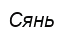
Сянь